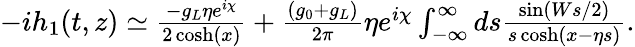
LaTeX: \begin{array}{r}{-ih_{1}(t,z)\simeq\frac{-g_{L}\eta e^{i\chi}}{2\cosh(x)}+\frac{(g_{0}+g_{L})}{2\pi}\eta e^{i\chi}\int_{-\infty}^{\infty}ds\frac{\sin(Ws/2)}{s\cosh(x-\eta s)}.}\end{array}